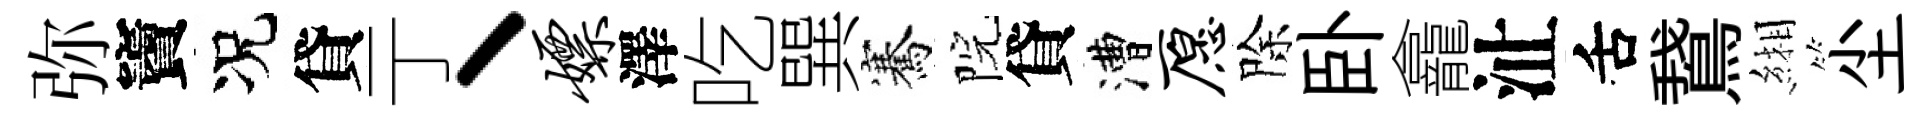
弥竇况貸亍丶嫖澤吃巽騫院貸漕愿除卧龕沚舌鵞緗尘